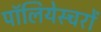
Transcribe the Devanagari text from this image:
पॉलियेस्चरों